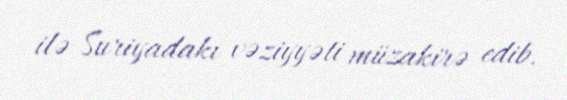
ilə Suriyadakı vəziyyəti müzakirə edib.